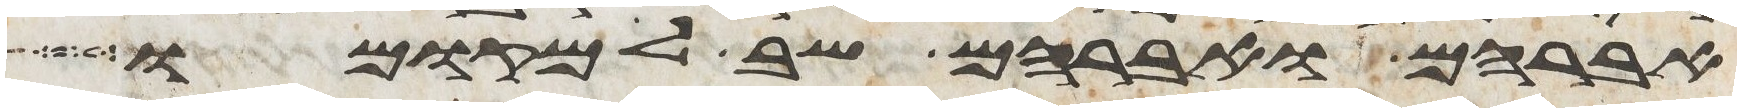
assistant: אברהם ואברהם שב למקומו